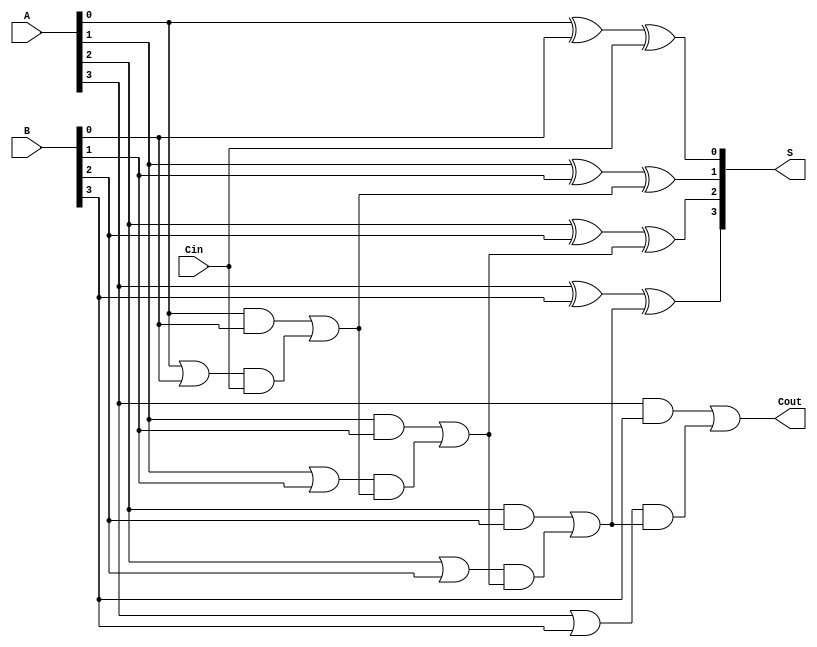
module RCLA #(parameter N = 4) (
    input [N-1:0] A,       // First operand
    input [N-1:0] B,       // Second operand
    input Cin,             // Carry-in
    output [N-1:0] S,      // Sum output
    output Cout            // Carry-out
);

    // Generate and Propagate signals
    wire [N-1:0] G;        // Generate signals
    wire [N-1:0] P;        // Propagate signals
    wire [N:0] C;          // Carry signals

    // Generate and Propagate calculations
    genvar i;
    generate
        for (i = 0; i < N; i = i + 1) begin : gen_prop
            assign G[i] = A[i] & B[i];         // Generate
            assign P[i] = A[i] | B[i];         // Propagate
        end
    endgenerate

    // Carry calculations
    assign C[0] = Cin;                             // Initial carry
    generate
        for (i = 0; i < N; i = i + 1) begin : carry_calc
            if (i == 0) begin
                assign C[i + 1] = G[i] | (P[i] & C[i]); // C1
            end else begin
                assign C[i + 1] = G[i] | (P[i] & C[i]); // C2, C3, ..., Cn
            end
        end
    endgenerate

    // Sum calculations
    generate
        for (i = 0; i < N; i = i + 1) begin : sum_calc
            assign S[i] = A[i] ^ B[i] ^ C[i]; // Sum
        end
    endgenerate

    // Final carry-out
    assign Cout = C[N]; // Final carry-out

endmodule